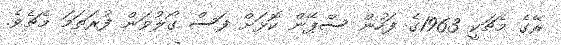
ރޭގެ މެޗަކީ 1963ގެ ފަހުން ސްޕޭން ކޮޅަށް ފަސް ގޯލުވަން ފުރަތަމަ މެޗެވެ.